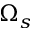
\Omega _ { s }